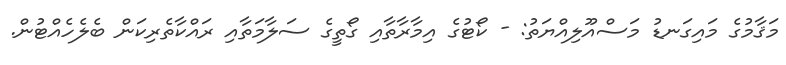
މަޤާމުގެ މައިގަނޑު މަސްއޫލިއްޔަތު: - ކޯޓުގެ އިމާރާތާއި ގޯތީގެ ސަލާމަތާއި ރައްކާތެރިކަން ބެލެހެއްޓުން.